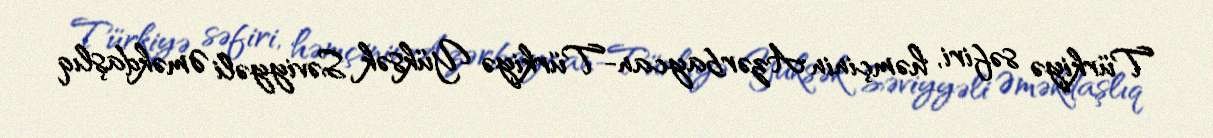
Türkiyə səfiri, həmçinin Azərbaycan-Türkiyə Yüksək Səviyyəli Əməkdaşlıq